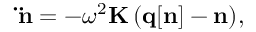
{ \displaystyle { \bf \ddot { n } } = - \omega ^ { 2 } { \bf K } \left( { \bf q [ n ] - n } \right) } ,